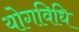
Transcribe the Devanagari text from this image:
योगविधि